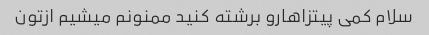
سلام کمی پیتزاهارو برشته کنید ممنونم میشیم ازتون